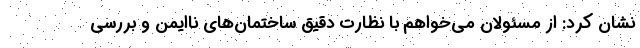
نشان کرد: از مسئولان می‌خواهم با نظارت دقیق ساختمان‌های ناایمن و بررسی